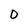
Character: 0